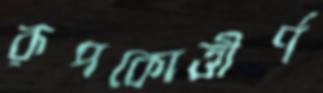
রূপকোত্তীর্ণ